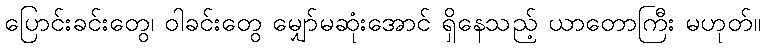
ပြောင်းခင်းတွေ၊ ဝါခင်းတွေ မျှော်မဆုံးအောင် ရှိနေသည့် ယာတောကြီး မဟုတ်။